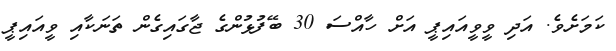
ކަމަށެވެ. އަދި ވީވީއައިޕީ އަށް ހާއްސަ 30 ބޭފުޅުންގެ ޖާގައިގެން ތަނަކާއި ވީއައިޕީ